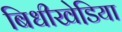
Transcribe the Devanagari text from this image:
बिधीखेडि़या